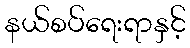
နယ်စပ်ရေးရာနှင့်